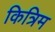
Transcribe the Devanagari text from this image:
कित्रिम